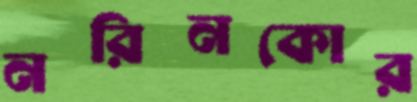
নরিনকোর